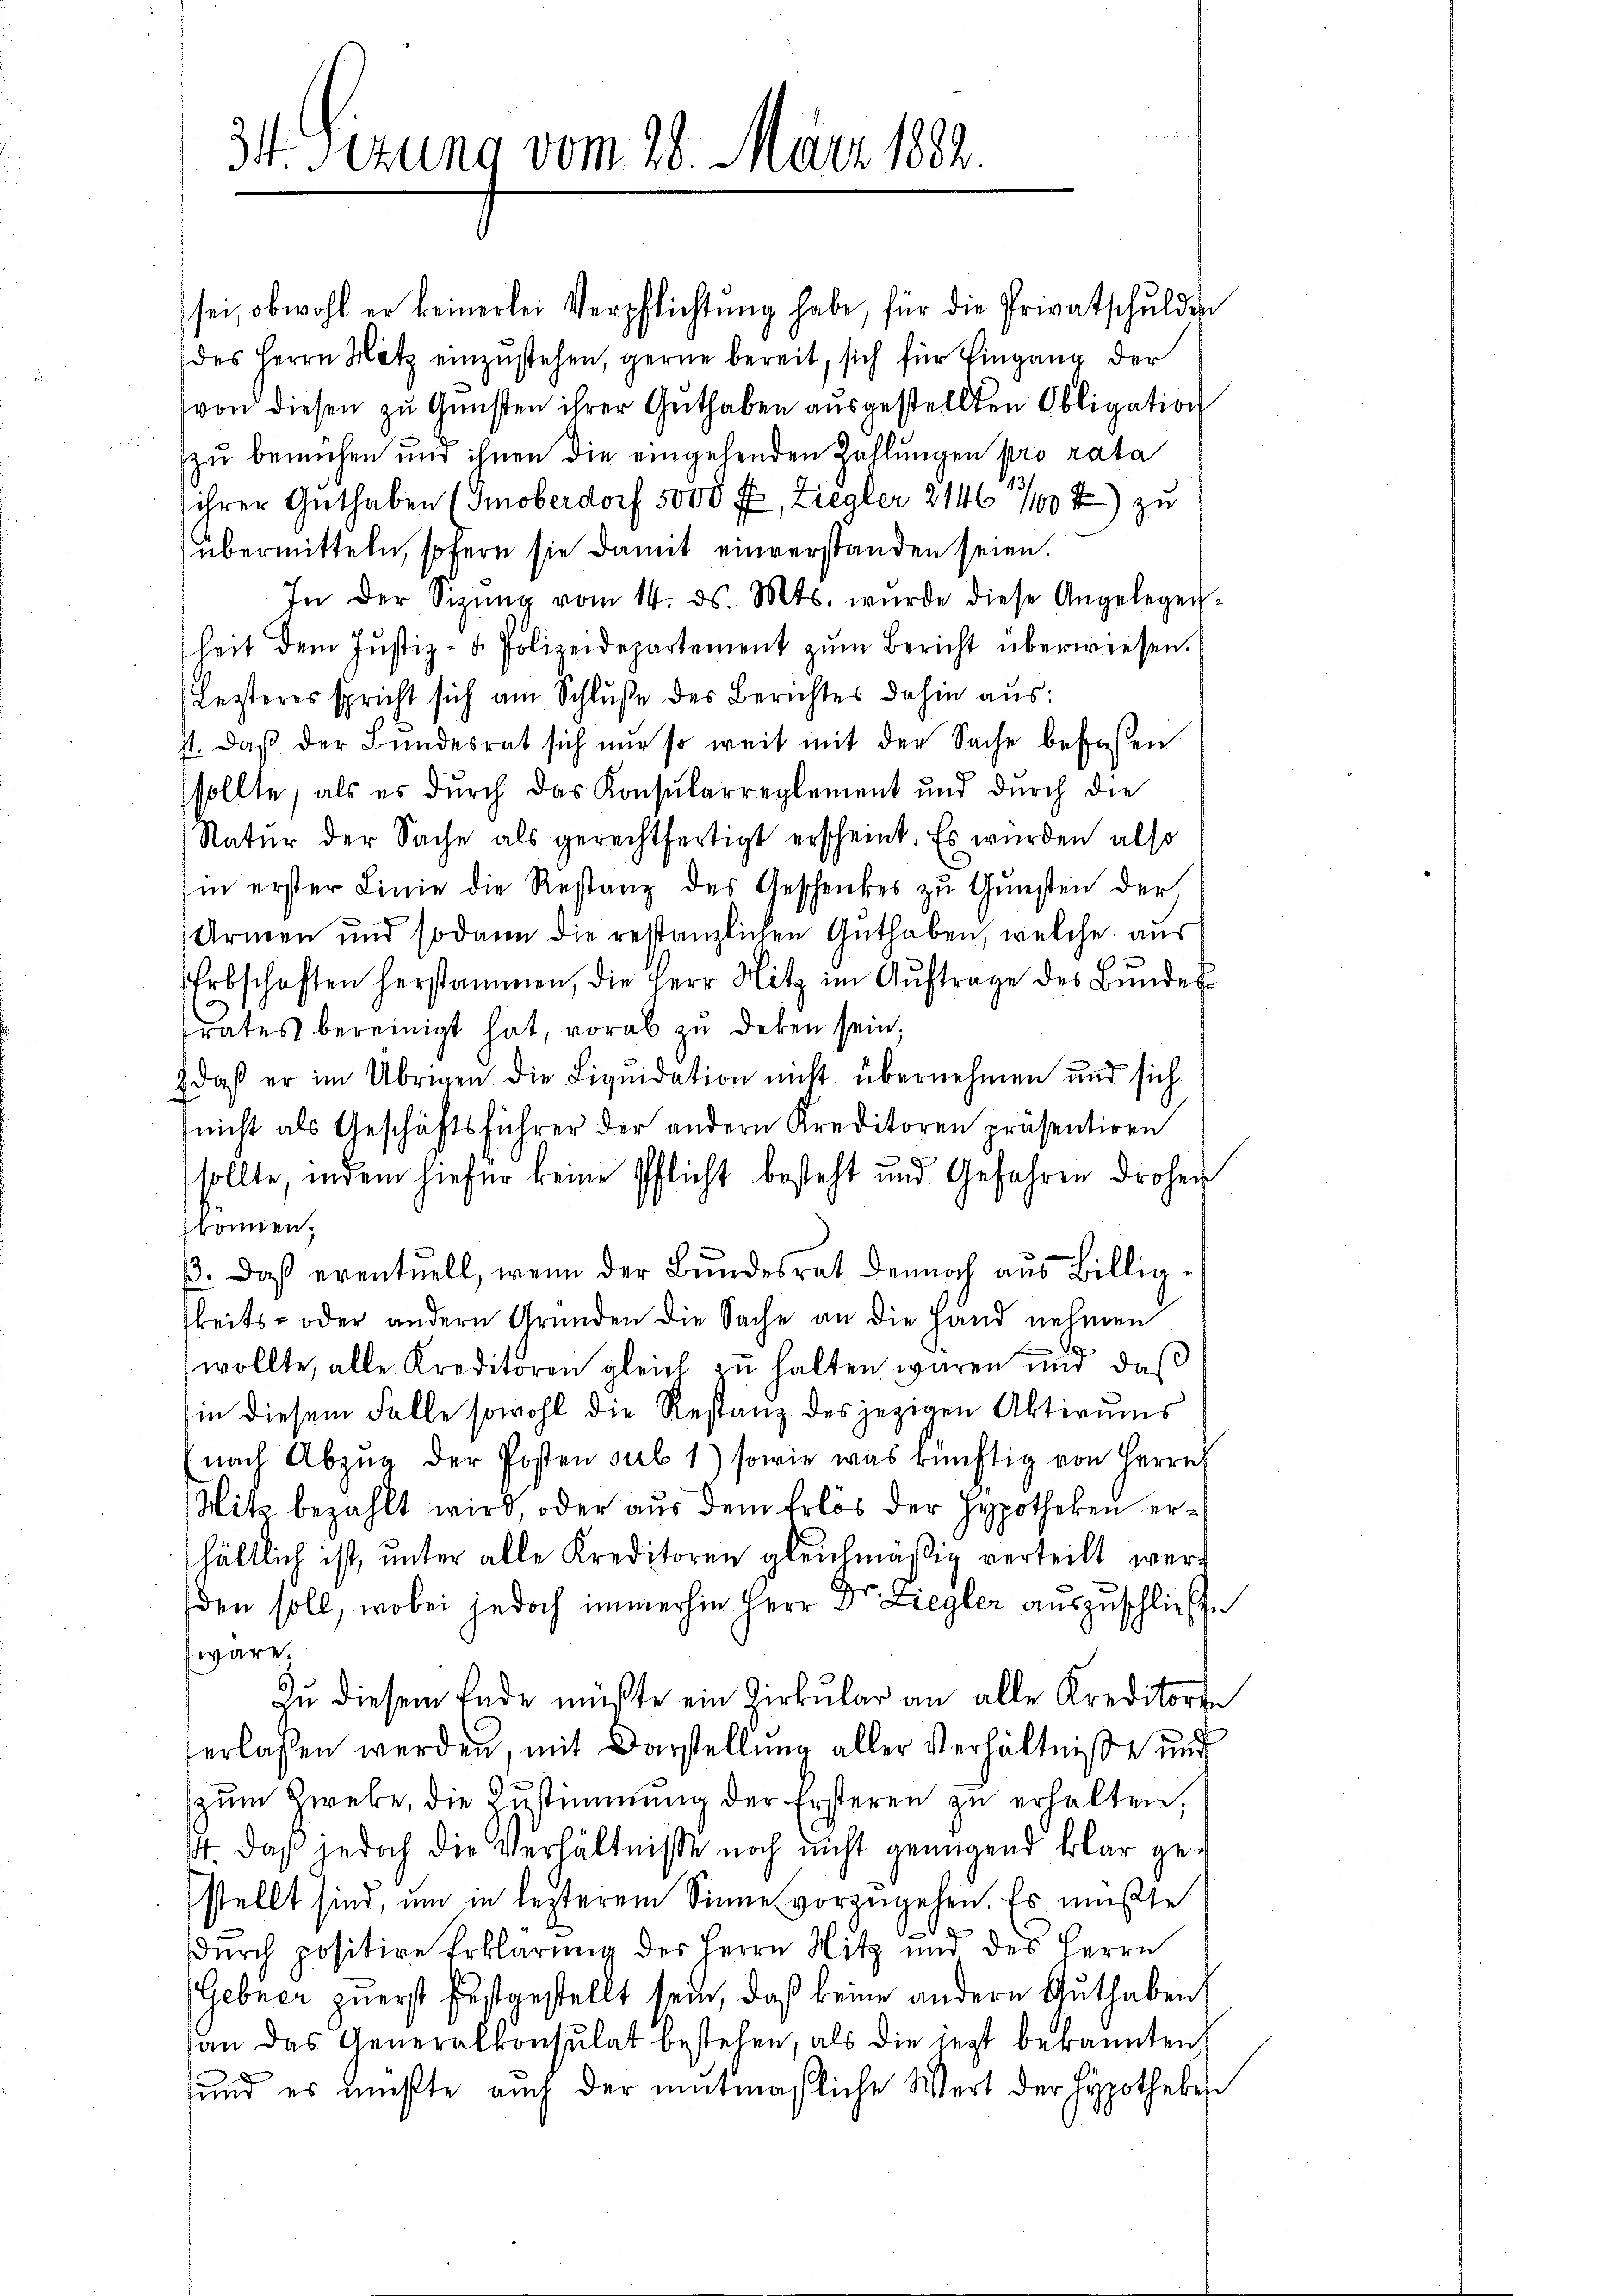
34 Sizung vom 28. März 1882.

sei, obwohl er keinerlei Verpflichtung habe, für die Privatschulden
des Herrn Metz einzustehen, gerne bereit, sich für Eingang der
von diesen zŭ Gŭnsten ihrer Guthaben aŭsgestellten Obligation
zu bemühen und ihnen die eingehenden Zahlungen pro rata
ihrer Guthaben (Smoberdorf 5000 Fr, Ziegler 2146 1/10 4) zu
übermitteln, sofern sie damit einverstanden seien.
In der Sizŭng vom 14. ds. Mts. wurde diese Angelegen-
heit dem Justiz- u. Polizeidepartement zŭm Bericht überwiesen.
Lezteres spricht sich am Schluße des Berichtes dahin aus:
st. Daß der Bundesrat sich nur so weit mit der Sache befassen
sollte, als es durch das Konsularreglement und durch die
Natur der Sache als gerechtfertigt erscheint. Es wurden also
in erster Linie die Restanz des Geschenkes zŭ Gŭnsten der
Armen und sodann die restanzlichen Guthaben, welche aus
Erbschaften herstammen, die Herr Mitz im Aŭftrage des Bŭndes-
rates bereinigt hat, vorab zu deken sein;
daß er im Übrigen die Liquidation nicht übernehmen und sich
nicht als Geschäftsführer der andern Kreditoren präsentiren
sollte, indem hiefür keine Pflicht besteht und Gefahren droher
können,
ß. Daß eventuell, wenn der Bundesrat dennoch aus Billigkeits- oder andern Gründen die Sache an die Hand nehmen
wollte, alle Kreditoren gleich zu halten waren und daß
in diesem Falle sowohl die Restanz des jezigen Aktivums
nach Abzŭg der Posten sub 1) sowie was künftig von Herrn
Nitz bezahlt wird, oder aus dem Erlös der Hypotheken erhältlich ist, unter alle Kreditoren gleichmäßig verteilt werd
den soll, wobei jedoch immerhin Herr Dr. Liegler auszuschließe
wäre.
Zŭ diesem Ende müßte ein Zirkŭlar an alle Kreditoren
erlassen werden, mit Darstellung aller Verhältniße und
zum Zwebe, die Zustimmung der Ersteren zu erhalten,
44. daß jedoch die Verhältnisse noch nicht genügend klar gestellt sind, um in lezterem Sinne vorzugehen. Es mußte
dŭrch positire Erklärung des Herrn Nitz und des Herrn
Gebner zuerst festanstellt sein, daß keine andere Guthaben
han das Generalkonsulat bestehen, als die jezt bekannten
und es mußte auch der mutmaßliche Wert der Hypothekehr